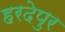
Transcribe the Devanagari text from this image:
हरदेपुर